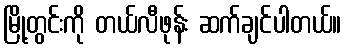
မြို့တွင်းကို တယ်လီဖုန်း ဆက်ချင်ပါတယ်။